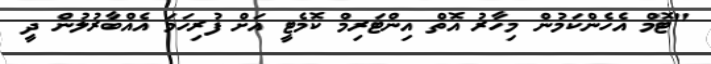
"ޓޮމް އެހެންކަމުން މިހާރު އޮތް އިންޓަރިމް ކޮމެޓީ އަށް ފުރިހަމަ އެއްބާރުލުން ދީ